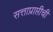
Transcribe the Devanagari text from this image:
सत्ताप्राप्तीची